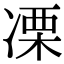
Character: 凓